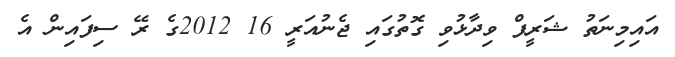
އައިމިނަތު ޝަރީފް ވިދާޅުވި ގޮތުގައި ޖެނުއަރީ 16 2012ގެ ރޭ ސިފައިން އެ